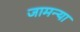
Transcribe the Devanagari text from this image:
जामन्या